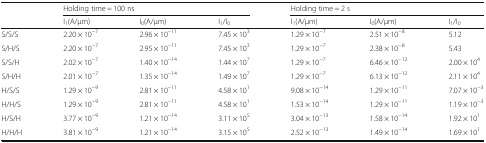
| <ROWSPAN=2>  | <COLSPAN=3> Holding time = 100 ns | <COLSPAN=3> Holding time = 2 s |
 | I1(A/μm) | I0(A/μm) | I1/I0 | I1(A/μm) | I0(A/μm) | I1/I0 |
 | --- | --- | --- | --- | --- | --- | --- |
 | S/S/S | 2.20 × 10−7 | 2.96 × 10−11 | 7.45 × 103 | 1.29 × 10−7 | 2.51 × 10−8 | 5.12 |
 | S/H/S | 2.20 × 10−7 | 2.95 × 10−11 | 7.45 × 103 | 1.29 × 10−7 | 2.38 × 10−8 | 5.43 |
 | S/S/H | 2.02 × 10−7 | 1.40 × 10−14 | 1.44 × 107 | 1.29 × 10−7 | 6.46 × 10−12 | 2.00 × 104 |
 | S/H/H | 2.01 × 10−7 | 1.35 × 10−14 | 1.49 × 107 | 1.29 × 10−7 | 6.13 × 10−12 | 2.11 × 104 |
 | H/S/S | 1.29 × 10−9 | 2.81 × 10−11 | 4.58 × 101 | 9.08 × 10−14 | 1.29 × 10−11 | 7.07 × 10−3 |
 | H/H/S | 1.29 × 10−9 | 2.81 × 10−11 | 4.58 × 101 | 1.53 × 10−14 | 1.29 × 10−11 | 1.19 × 10−3 |
 | H/S/H | 3.77 × 10−9 | 1.21 × 10−14 | 3.11 × 105 | 3.04 × 10−13 | 1.58 × 10−14 | 1.92 × 101 |
 | H/H/H | 3.81 × 10−9 | 1.21 × 10−14 | 3.15 × 105 | 2.52 × 10−13 | 1.49 × 10−14 | 1.69 × 101 |